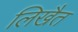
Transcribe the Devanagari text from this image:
लिखैत